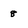
Character: 8